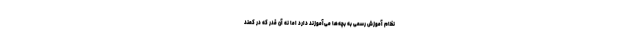
نظام آموزش رسمی به بچه‌ها می‌آموزند دارد اما نه آن قدر که در کمند